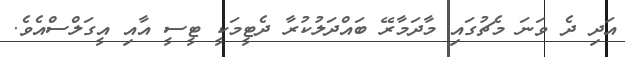
އަދި ދެ ވަނަ މެޗުގައި މާދަމާރޭ ބައްދަލުކުރާ ދެޓީމަކީ ޓީސީ އާއި އީގަލްސްއެވެ.